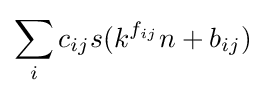
\sum _{i}c_{ij}s(k^{f_{ij}}n+b_{ij})